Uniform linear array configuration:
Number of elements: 48
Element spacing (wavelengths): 0.75
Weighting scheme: hamming
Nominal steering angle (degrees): -30
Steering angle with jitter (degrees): -30.86
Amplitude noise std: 0.05
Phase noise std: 0.05

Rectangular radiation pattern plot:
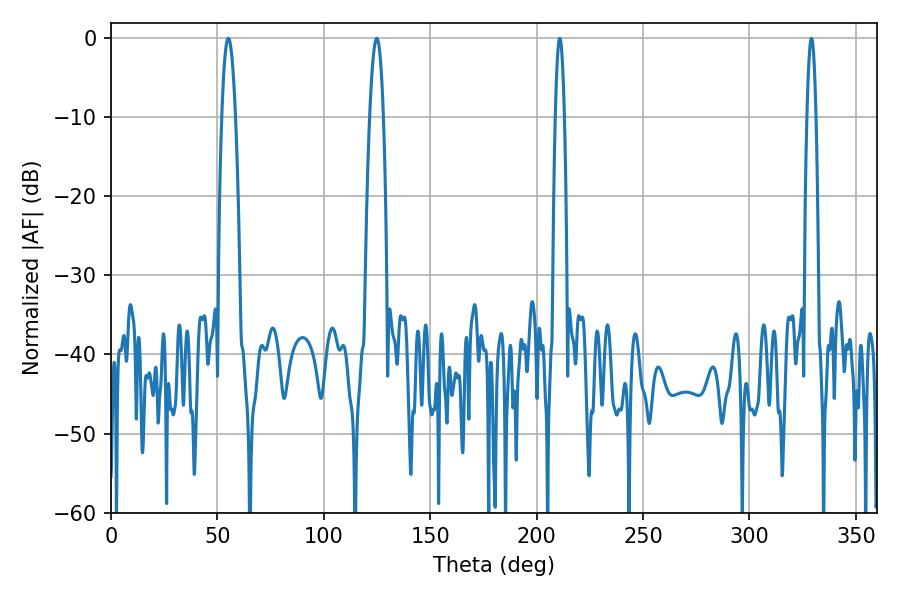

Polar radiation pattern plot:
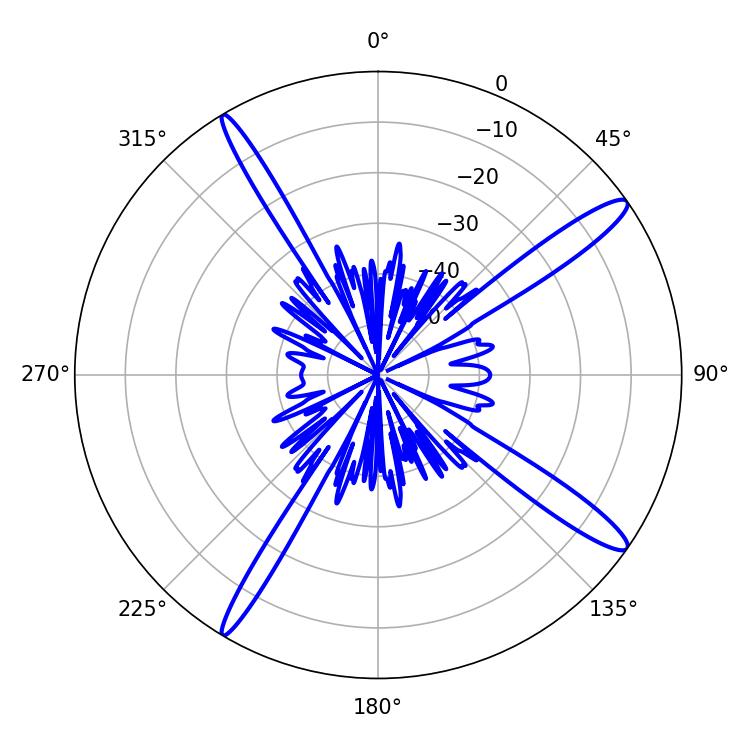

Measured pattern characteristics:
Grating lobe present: TRUE
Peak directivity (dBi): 14.907
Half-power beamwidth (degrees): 3.42
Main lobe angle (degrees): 55.08